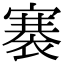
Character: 褰